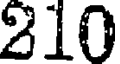
210